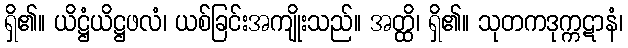
ရှိ၏။ ယိဋ္ဌံယိဋ္ဌဖလံ၊ ယစ်ခြင်းအကျိုးသည်။ အတ္ထိ၊ ရှိ၏။ သုတကဒုက္ကဋာနံ၊